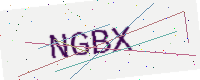
Text: NGBX